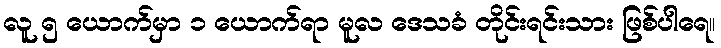
လူ ၅ ယောက်မှာ ၁ ယောက်ရာ မူလ ဒေသခံ တိုင်းရင်းသား ဖြစ်ပါရေ။